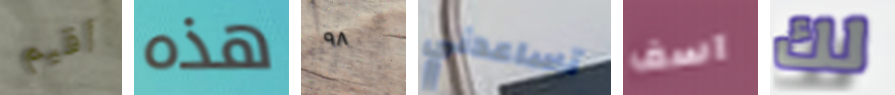
أقيم هذه ٩٨ تساعدني اسف لك